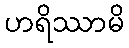
ဟရိဿာမိ